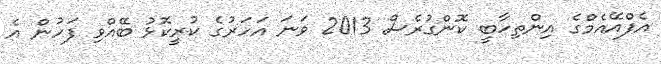
އެފްއޭއެމްގެ އިންތިހާބީ ކޮންގުރެސް 2013 ވަނަ އަހަރުގެ ކުރީކޮޅު ބޭއްވި ފަހުން އެ